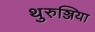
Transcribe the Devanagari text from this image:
थुरुञ्जिया